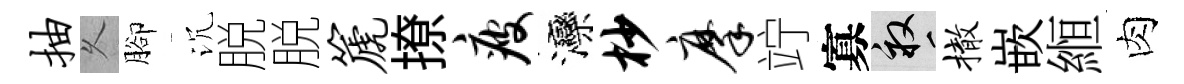
抽乆腳沉脱脱篪撩疲灤杪摩竚寡畝撤嵌縆肉